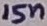
Text: 15n